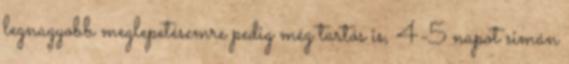
legnagyobb meglepetésemre pedig még tartós is, 4-5 napot simán